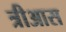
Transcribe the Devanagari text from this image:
त्रीआस